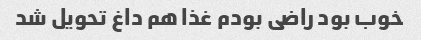
خوب بود راضی بودم غذا هم داغ تحویل شد